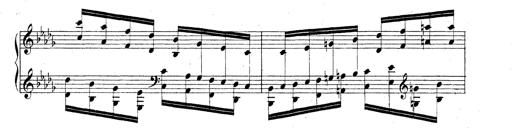
Title: Technische Studien
Composer: Franz Liszt